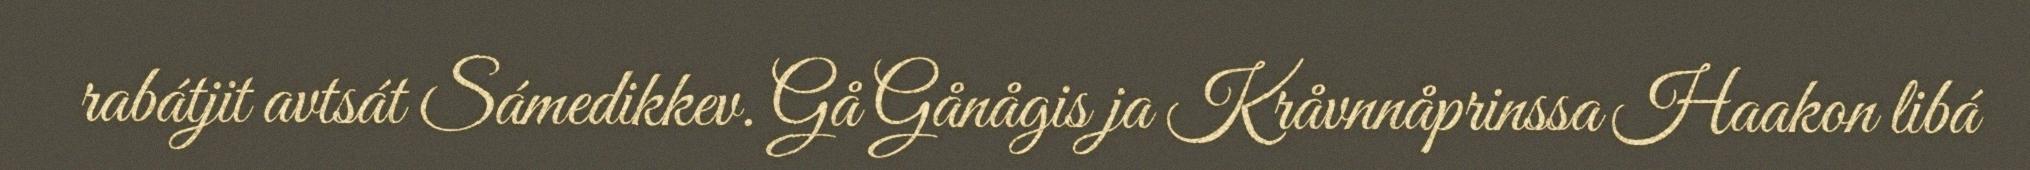
rabátjit avtsát Sámedikkev. Gå Gånågis ja Kråvnnåprinssa Haakon libá